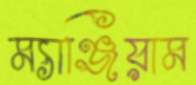
ম্যাঞ্জিয়াম